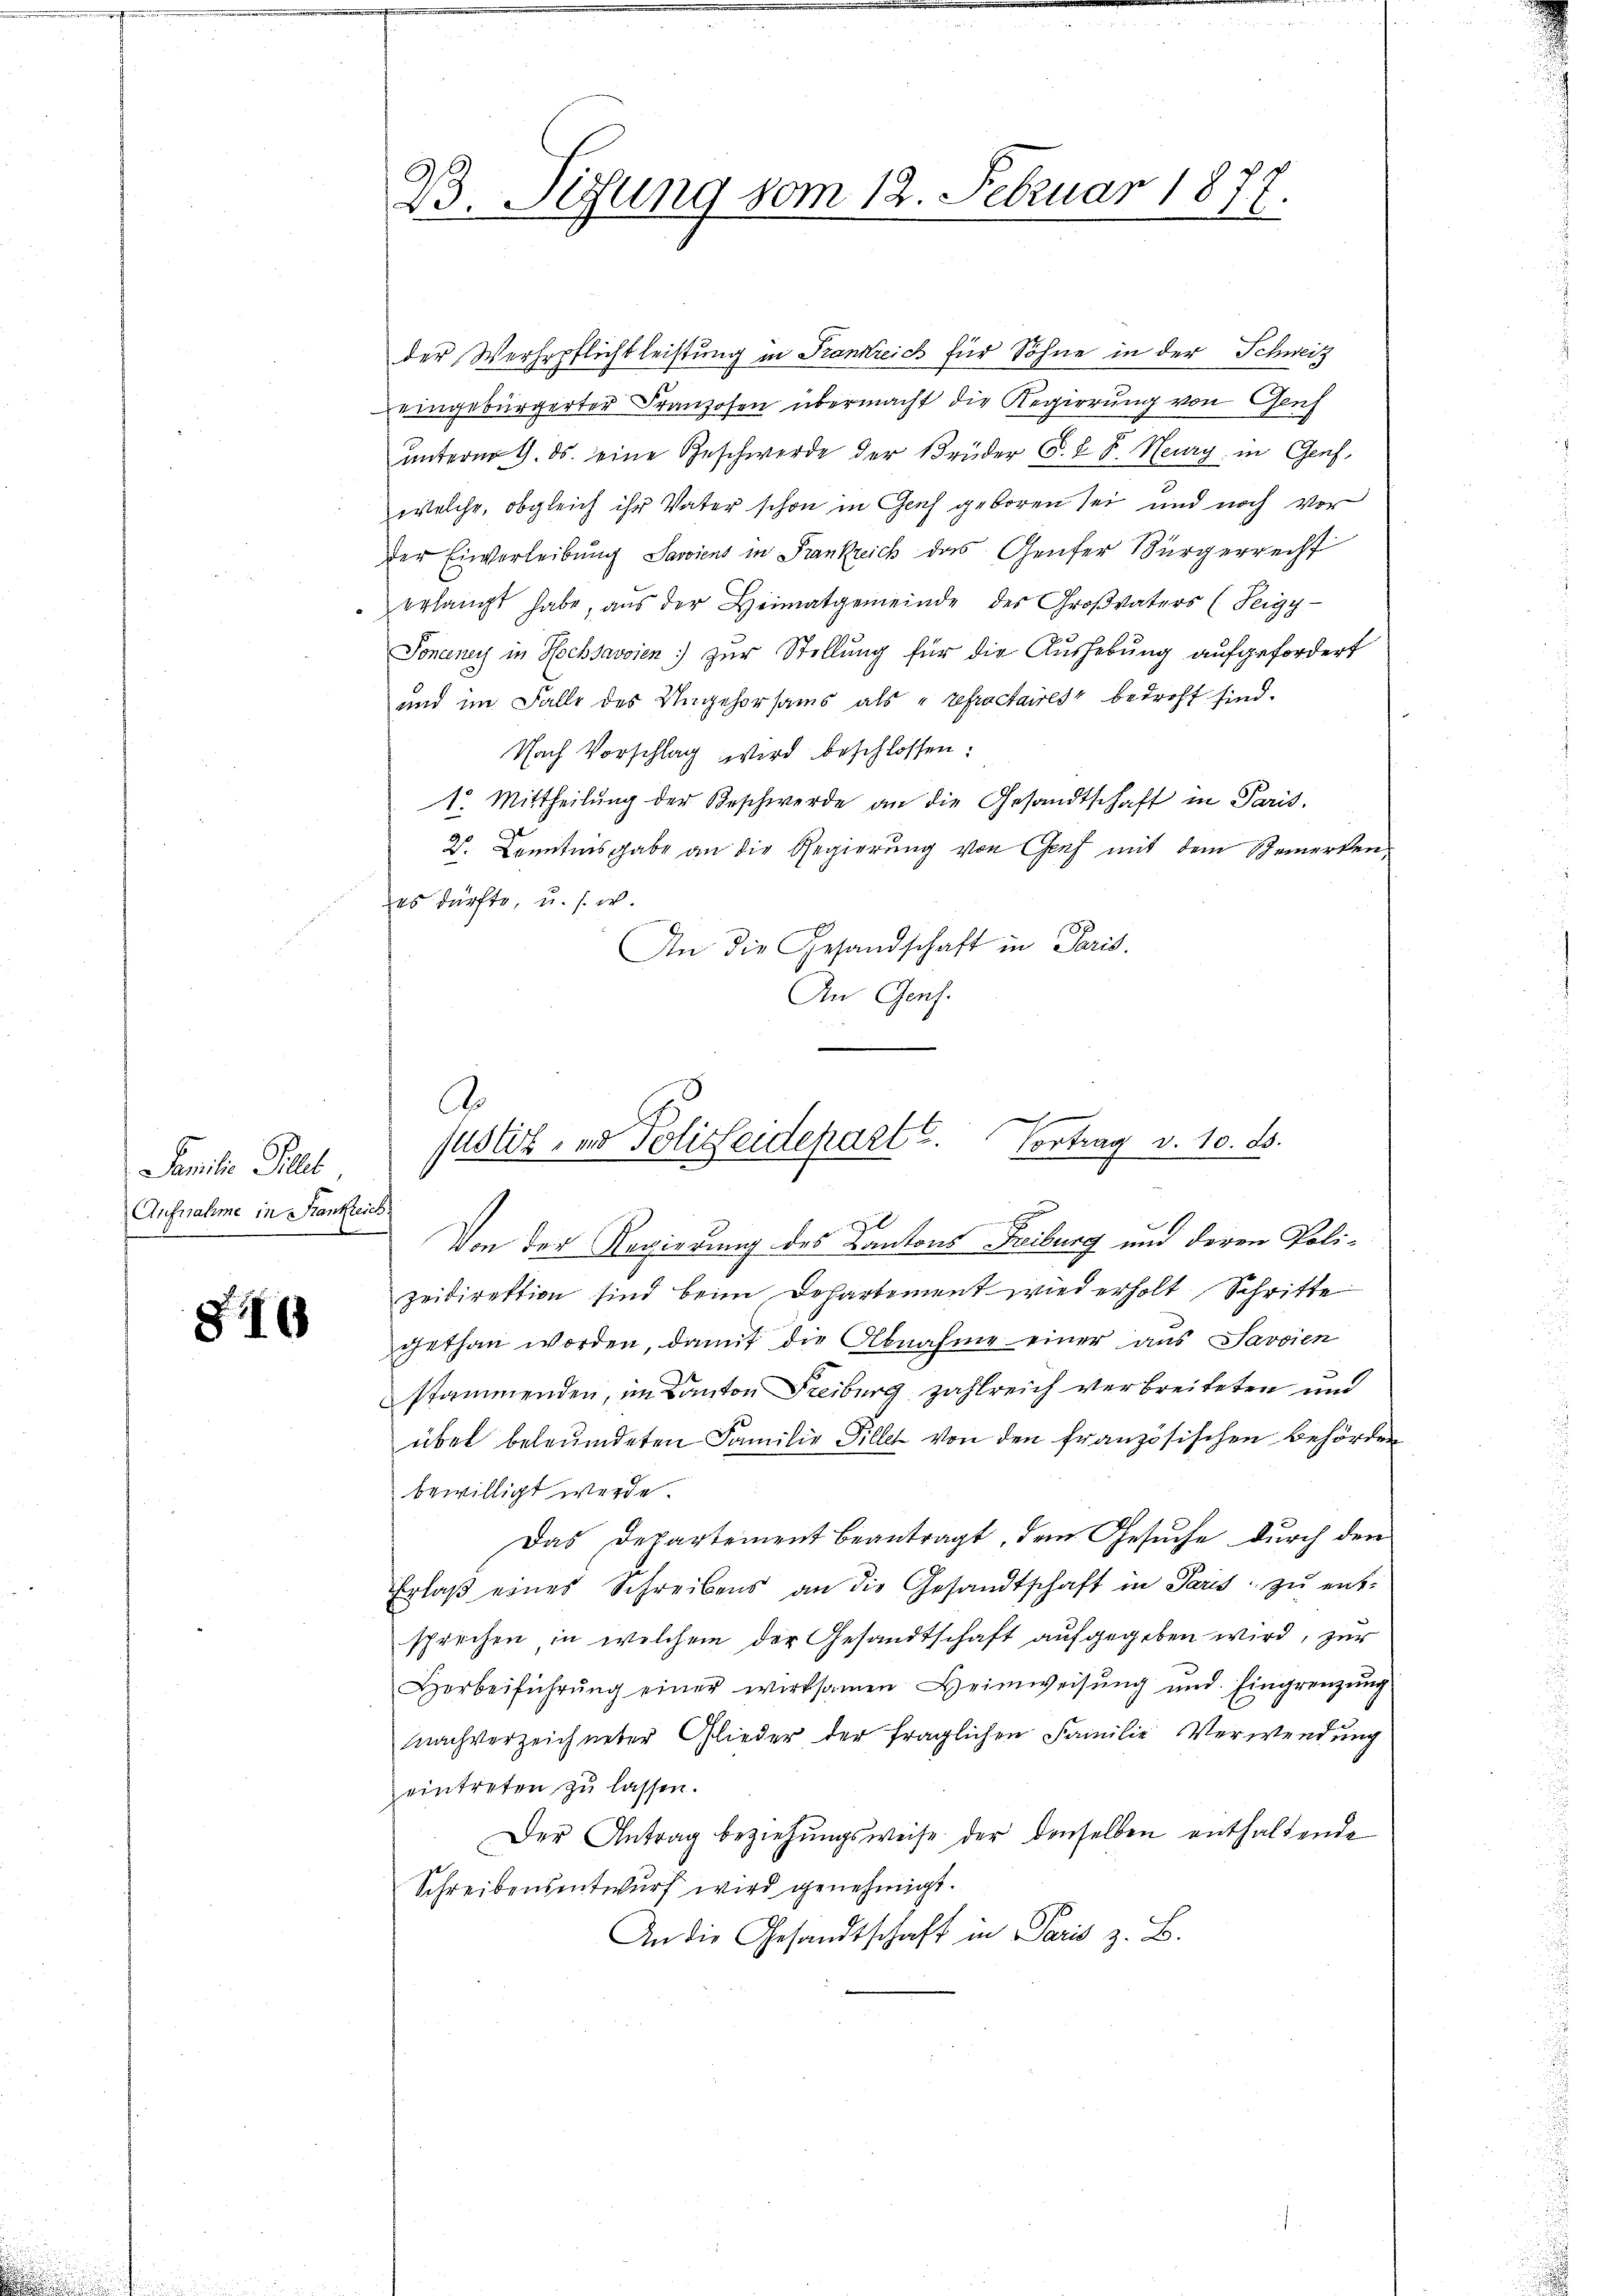
Familie Till
Aufnahme in Stankreich

816

B. Sizung vom 12. Februar 1877.

der Verherflichtleistung in Frankreich für Söhne in der Schweiz
eingebürgerter Franzosen übermacht die Regierung von Genf
unterm 9. ds. eine Geschwerde der Brüder F. L. F. Heurg in Genf,
welche, obgleich ihr Vater schon in Genf geboren sei und noch vor
der Einverleibung Saviens in Frankreich das Genfer Bürgerrecht
erlangt habe, aus der Heimatgemeinde des Großvaters (Seigy-
Sonceney in Hochsavoien) zur Stellung für die Aushebung aufgefordert
und im Falle des Ungehorsams als „refractaires“ bedroht sind.
Nach Vorschlag wird beschlossen:
1o. Mittheilung der Beschwerde an die Gesandtschaft in Paris.
2. Kenntnis gabe an die Regierung von Genf mit dem Gemerken,
es dürfte, u. s. w.

An die Gesandschaft in Paris.
An Genf.
A.

F

justiz- und Polizeideparte. Vortrag v. 10. ds.
.

Von der Regierung des Kantons Freiburg und deren Polizeidirektion sind beim Departement wiederholt Schritte
gethan worden, damit die Abnahme einer aus Savoien
stammenden, im Kanton Freiburg zahlreich verbreiteten und
über beleumdeten Familie Fillet von den französischen Behörden
bewilligt werde.
Das Departement beantragt, dem Gesuche durch den
Erlaβ eines Schreibens an die Gesandtschaft in Paris zŭ entsprechen in welchem der Gesandtschaft aufgegeben wird, zur
Horbeiführŭng einer wirksamen Heimweisŭng und Eingrenzung
Nachverzeichneter Glieder der fraglichen Familie Verwendung
eintreten zŭ lassen.
Der Antrag beziehungsweise der denselben enthaltende
Schreibensentwurf wird genehmigt.
An die Gesandtschaft in Paris z. B.